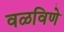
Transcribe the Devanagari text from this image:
वळविणे